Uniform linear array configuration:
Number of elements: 8
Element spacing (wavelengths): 0.5
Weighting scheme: binomial
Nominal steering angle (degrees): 30
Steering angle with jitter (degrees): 29.03
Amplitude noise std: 0.05
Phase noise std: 0.05

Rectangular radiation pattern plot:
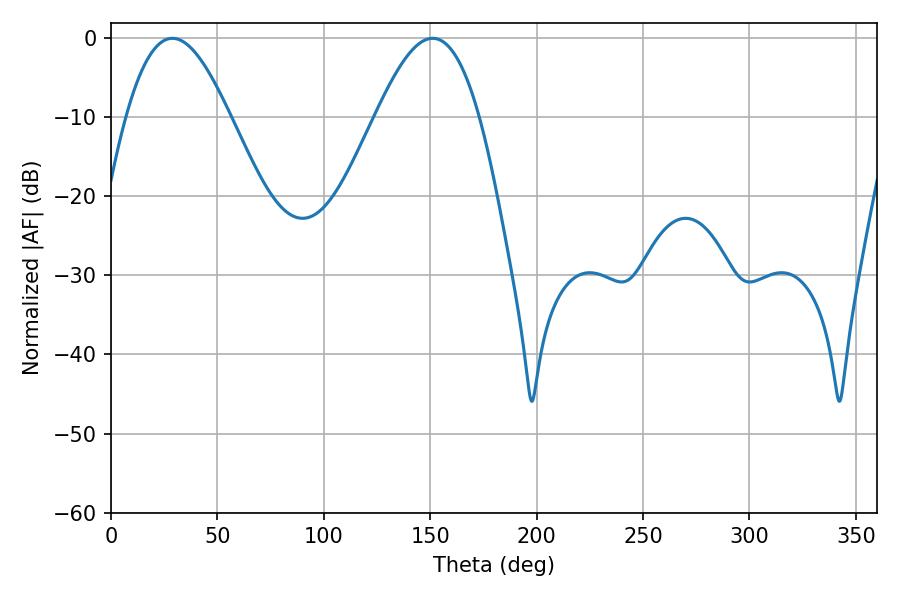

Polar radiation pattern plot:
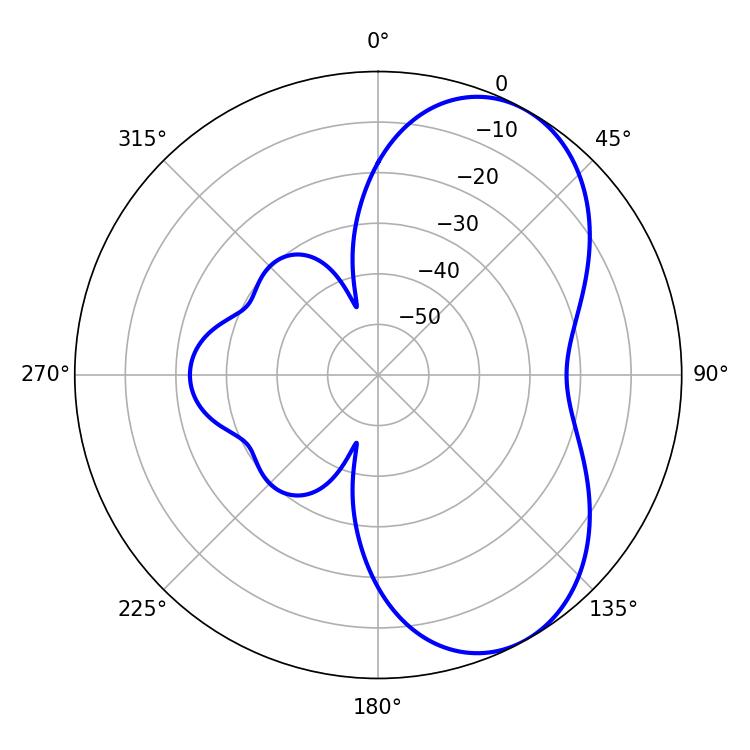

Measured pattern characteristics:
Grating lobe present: FALSE
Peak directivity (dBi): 6.004
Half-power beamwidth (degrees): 26.28
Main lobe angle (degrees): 151.2